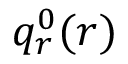
q _ { r } ^ { 0 } ( r )